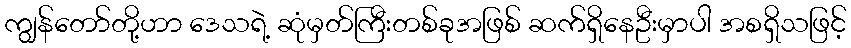
ကျွန်တော်တို့ဟာ ဒေသရဲ့ ဆုံမှတ်ကြီးတစ်ခုအဖြစ် ဆက်ရှိနေဦးမှာပါ အစရှိသဖြင့်